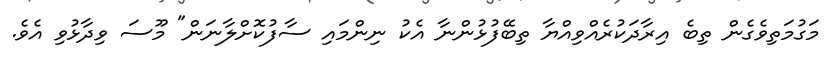
މަގުމަތިވެގެން ތިބެ އިރާދަކުރެއްވިއްޔާ ތިބޭފުޅުންނާ އެކު ނިންމައި ސާފުކޮށްލާނަން" މޫސަ ވިދާޅުވި އެވެ.